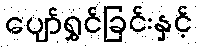
ပျော်ရွှင်ခြင်းနှင့်